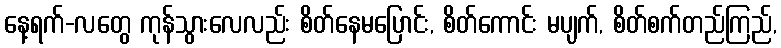
နေ့ရက်-လတွေ ကုန်သွားလေလည်း စိတ်နေမပြောင်း, စိတ်ကောင်း မပျက်, စိတ်စက်တည်ကြည်,